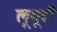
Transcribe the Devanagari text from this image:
लूगूटी